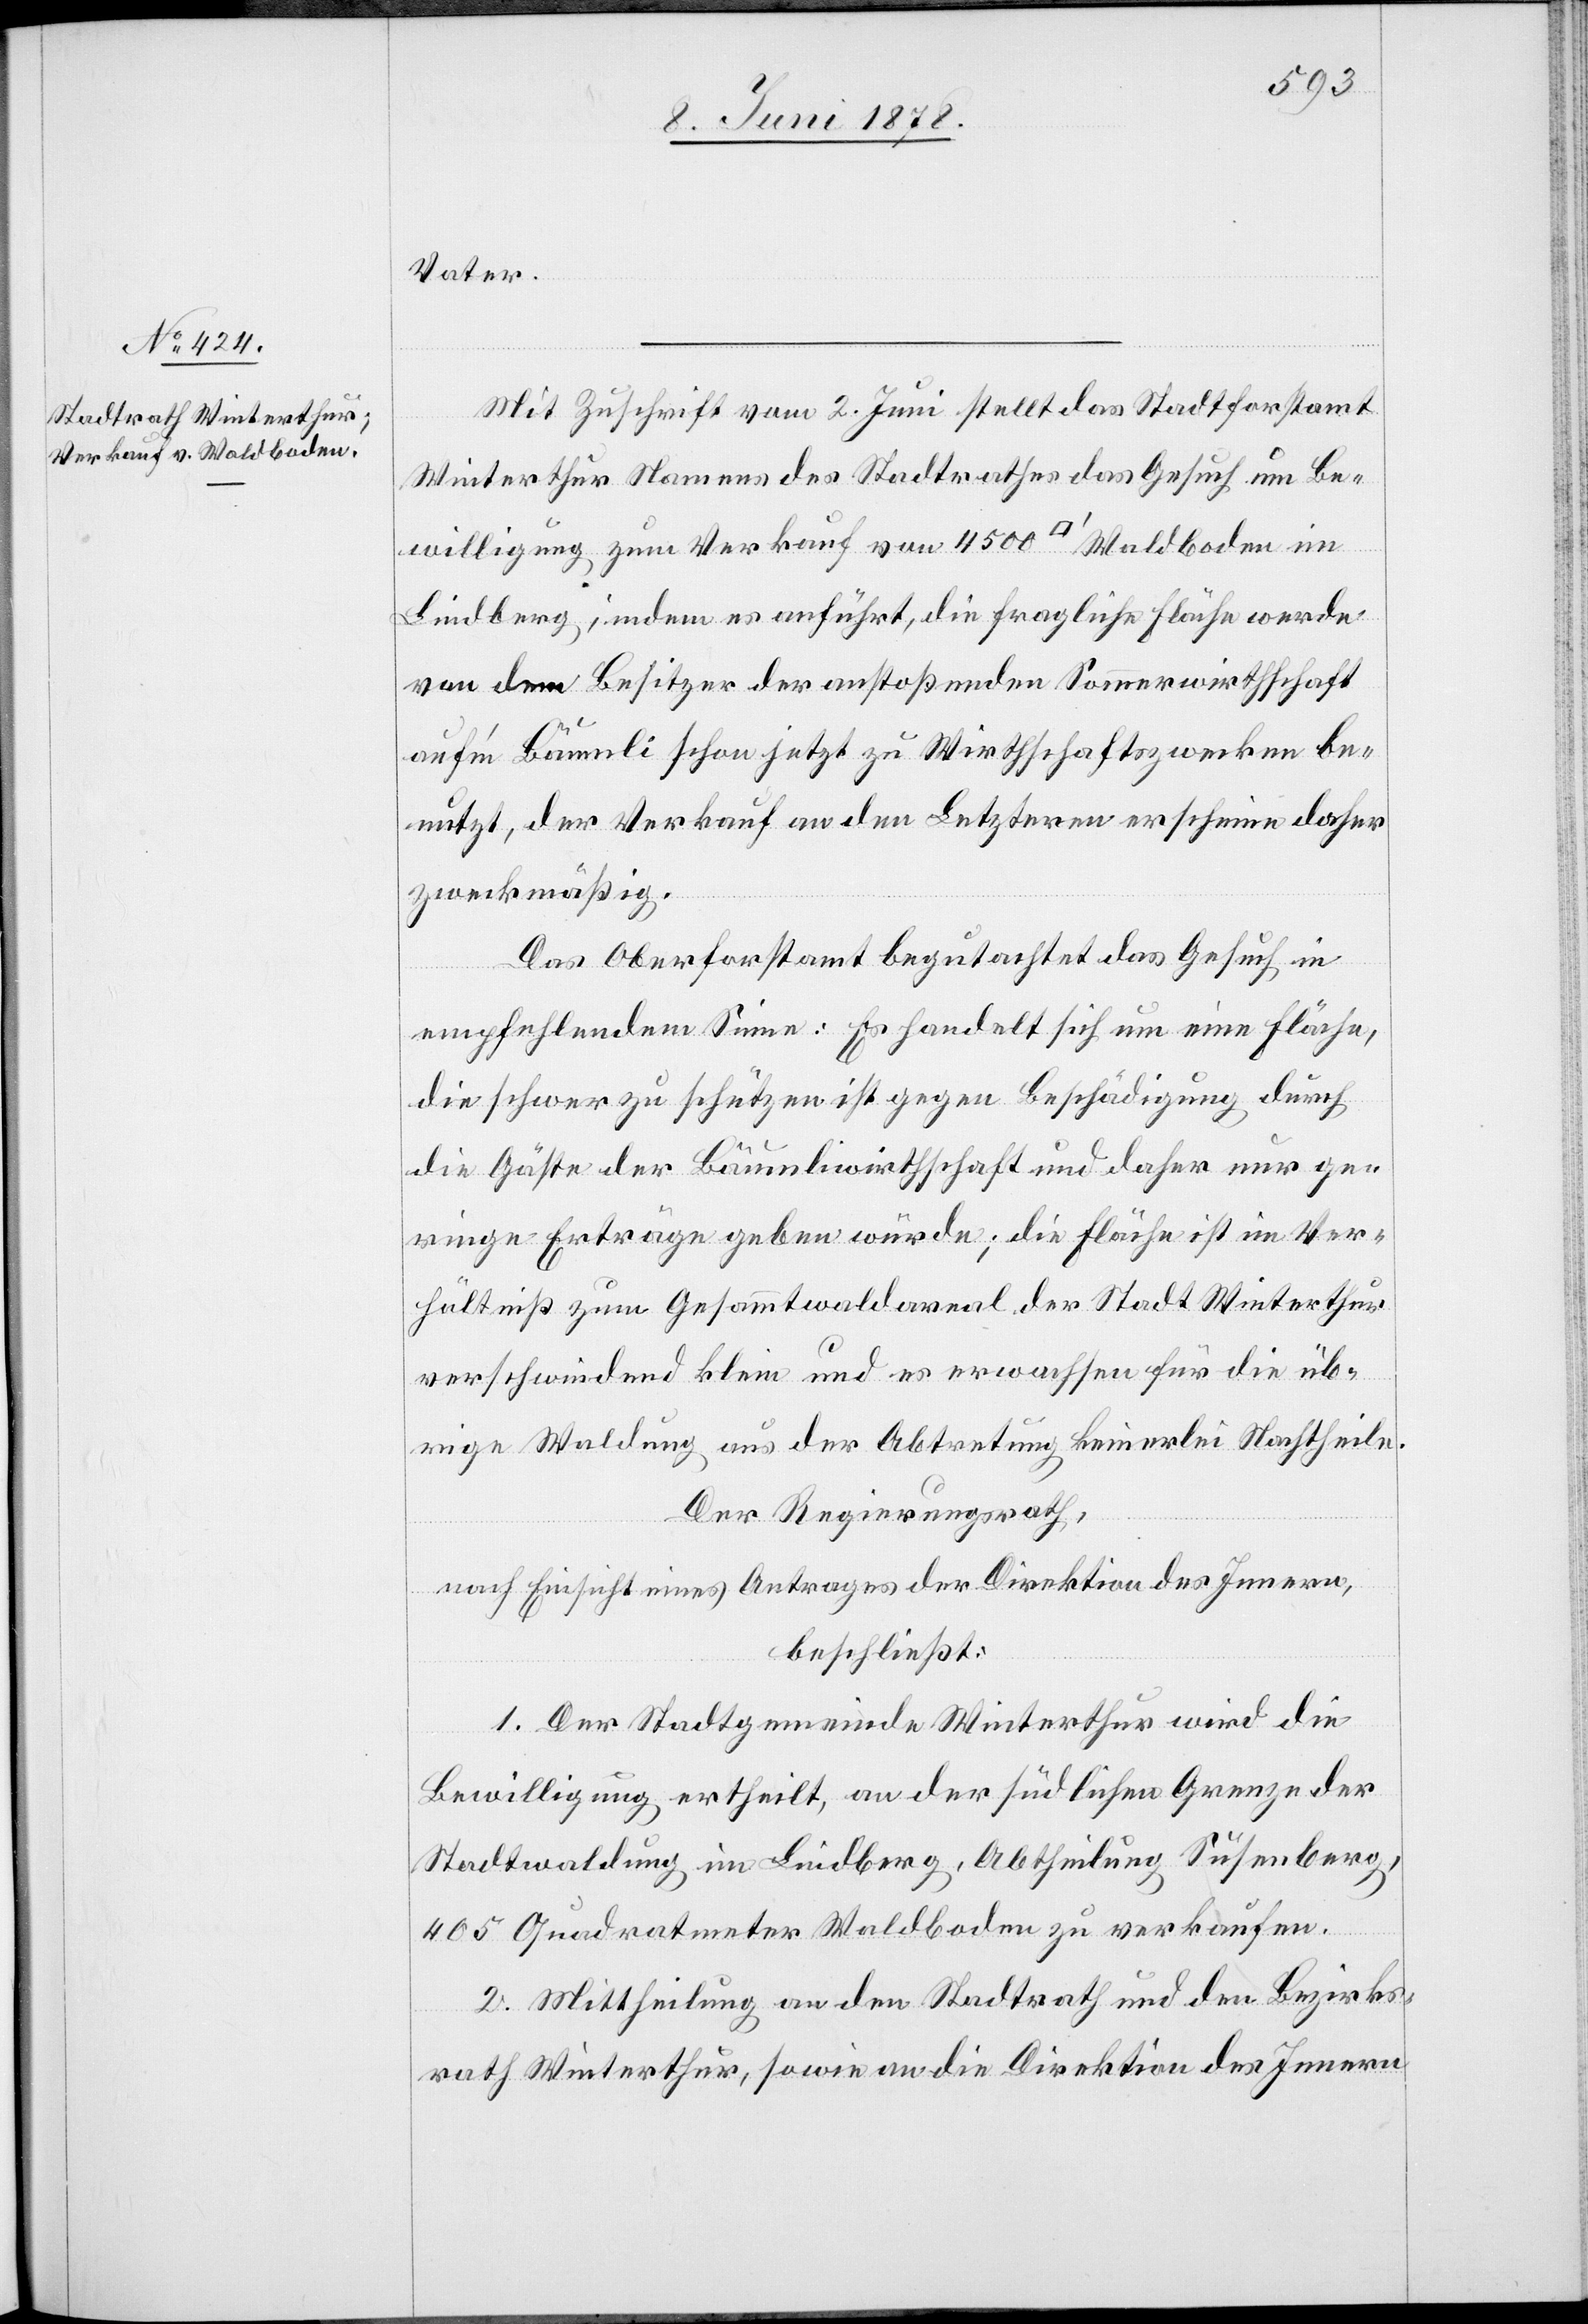
Vater.
Mit Zuschrift vom 2. Juni stellt das Statthalteramt
Winterthur Namens des Stadtrathes das Gesuch um Be¬
willigung zum Verkauf von 4500 [Quadratfuss] Waldboden im
Lindberg, indem er anführt, die fragliche Fläche werde
von dem Besitzer der anstoßenden Sommerwirthschaft
auf’m Bäumli schon jetzt zu Wirthschaftszwecken be¬
nutzt, der Verkauf an den Letztern erscheine daher
zweckmäßig.
Das Oberforstamt begutachtet das Gesuch in
empfehlendem Sinne: Es handelt sich um eine Fläche,
die schwer zu schützen ist gegen Beschädigung durch
die Gäste der Bäumliwirthschaft und daher nur ge¬
ringe Erträge geben würde; die Fläche ist im Ver¬
hältniß zum Gesammtwaldareal der Stadt Winterthur
verschwindend klein und es erwachsen für die üb¬
rige Waldung aus der Abtretung keinerlei Nachtheile.
Der Regierungsrath,
nach Einsicht eines Antrages der Direktion des Innern,
beschließt:
1. Der Stadtgemeinde Winterthur wird die
Bewilligung ertheilt, an der südlichen Grenze der
Stadtwaldung im Lindberg, Abtheilung Susenberg,
405 Quadratmeter Waldboden zu verkaufen.
2. Mittheilung an den Stadtrath und den Bezirks¬
rath Winterthur, sowie an die Direktion des Innern